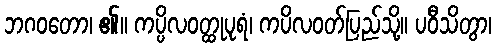
ဘဂဝတော၊ ၏။ ကပ္ပိလဝတ္ထုပုရံ၊ ကပိလဝတ်ပြည်သို့။ ပဝီသိတွာ၊